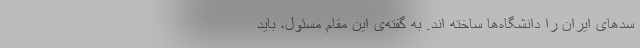
سدهای ایران را دانشگاه‌ها ساخته اند. به گفته‌ی این مقام مسئول، باید